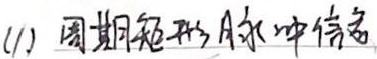
(1) 周期矩形脉冲信号